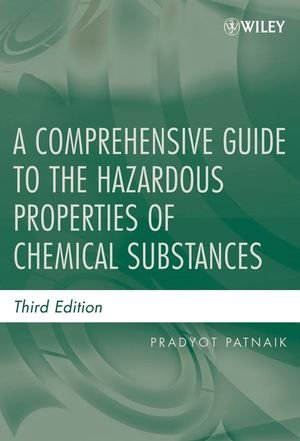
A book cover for A Comprehensive Guide to the Hazardous Properties of Chemical Substances; Pradyot Patnaik; Science & Math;